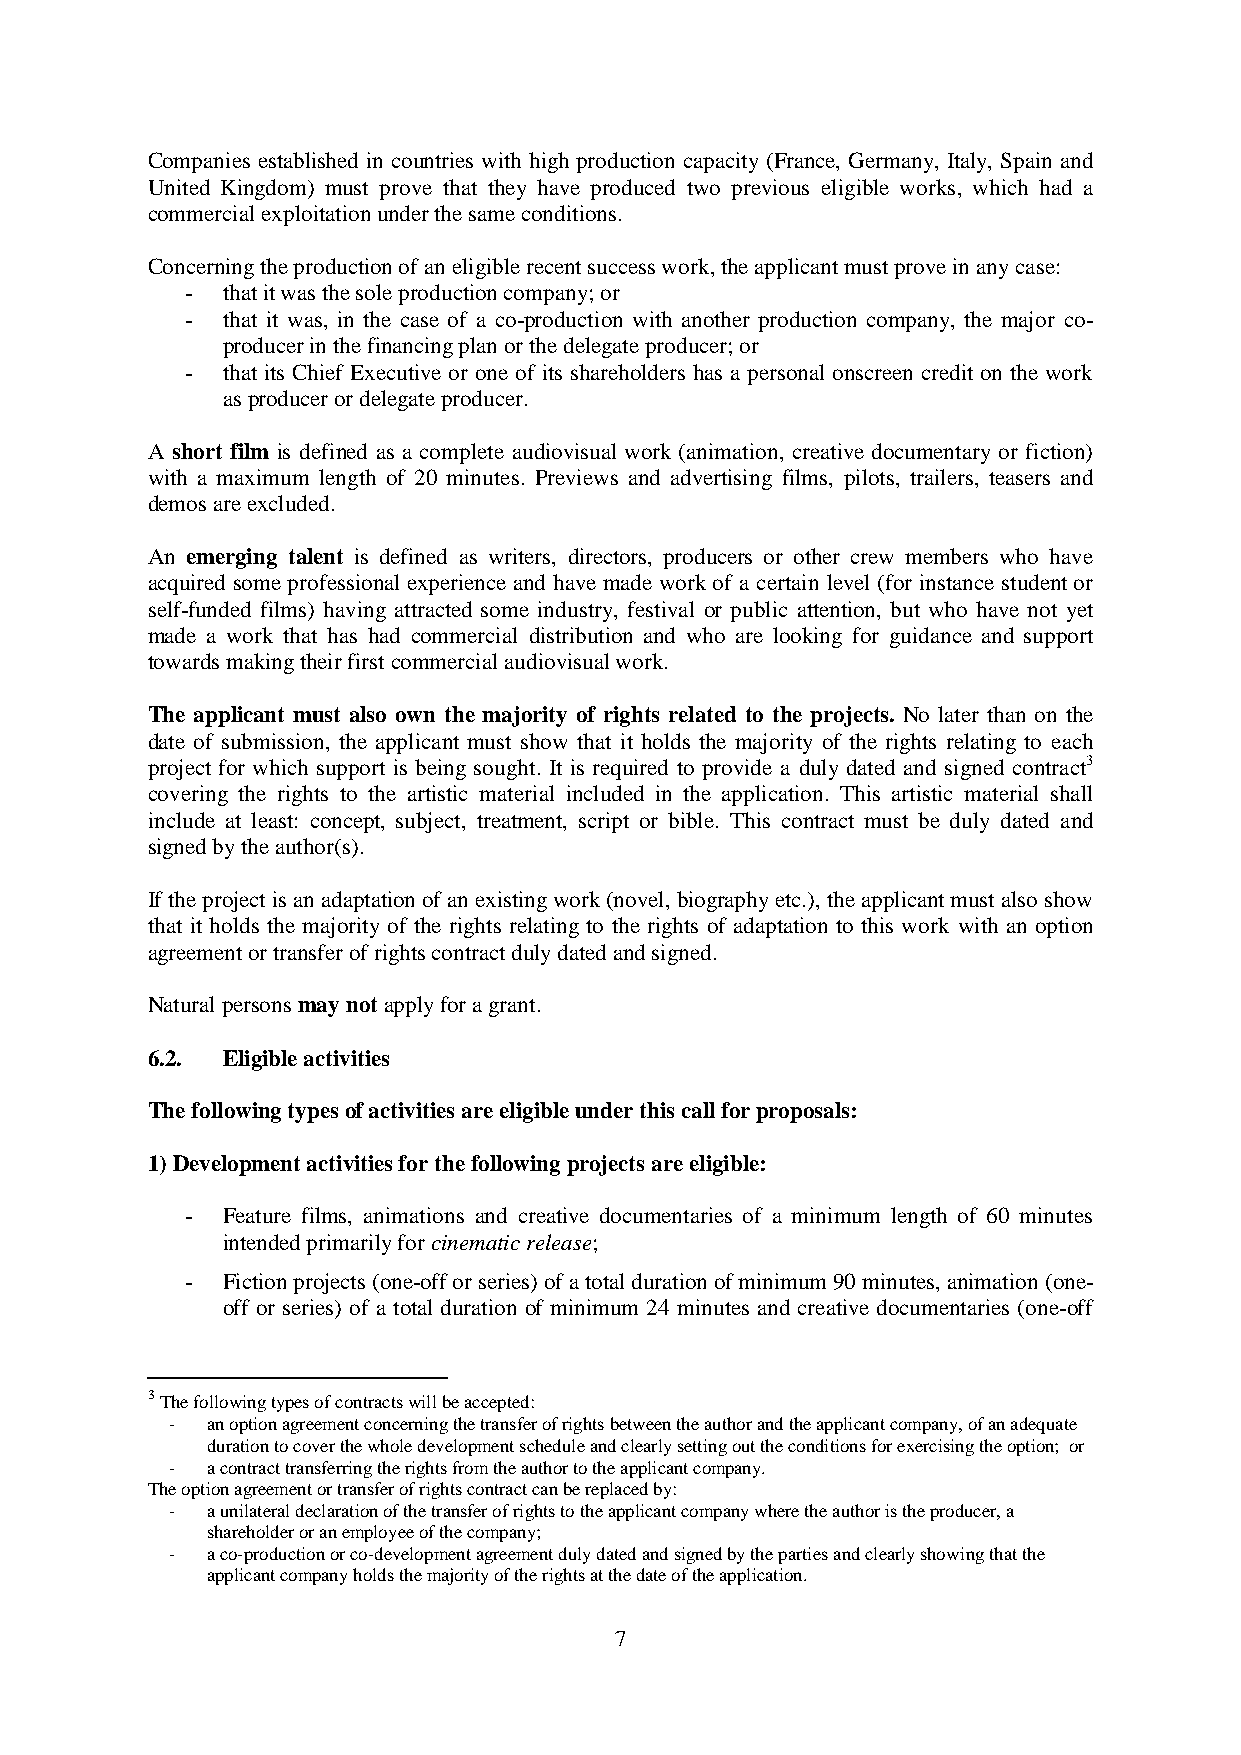
Companies established in countries with high production capacity (France, Germany, Italy, Spain and
 United Kingdom) must prove that they have produced two previous eligible works, which had a
 commercial exploitation under the same conditions.
 Concerning the production of an eligible recent success work, the applicant must prove in any case:
 -  that it was the sole production company; or
 -  that it was, in the case of a co-production with another production company, the major co-
 producer in the financing plan or the delegate producer; or
 -  that its Chief Executive or one of its shareholders has a personal onscreen credit on the work
 as producer or delegate producer.
 A short film is defined as a complete audiovisual work (animation, creative documentary or fiction)
 with a maximum length of 20 minutes. Previews and advertising films, pilots, trailers, teasers and
 demos are excluded.
 An emerging talent is defined as writers, directors, producers or other crew members who have
 acquired some professional experience and have made work of a certain level (for instance student or
 self-funded films) having attracted some industry, festival or public attention, but who have not yet
 made a work that has had commercial distribution and who are looking for guidance and support
 towards making their first commercial audiovisual work.
 The applicant must also own the majority of rights related to the projects. No later than on the
 date of submission, the applicant must show that it holds the majority of the rights relating to each
 project for which support is being sought. It is required to provide a duly dated and signed contract3
 covering the rights to the artistic material included in the application. This artistic material shall
 include at least: concept, subject, treatment, script or bible. This contract must be duly dated and
 signed by the author(s).
 If the project is an adaptation of an existing work (novel, biography etc.), the applicant must also show
 that it holds the majority of the rights relating to the rights of adaptation to this work with an option
 agreement or transfer of rights contract duly dated and signed.
 Natural persons may not apply for a grant.
 6.2. Eligible activities
 The following types of activities are eligible under this call for proposals:
 1) Development activities for the following projects are eligible:
 -  Feature films, animations and creative documentaries of a minimum length of 60 minutes
 intended primarily for cinematic release;
 -  Fiction projects (one-off or series) of a total duration of minimum 90 minutes, animation (one-
 off or series) of a total duration of minimum 24 minutes and creative documentaries (one-off
 3 The following types of contracts will be accepted:
 -  an option agreement concerning the transfer of rights between the author and the applicant company, of an adequate
 duration to cover the whole development schedule and clearly setting out the conditions for exercising the option; or
 -  a contract transferring the rights from the author to the applicant company.
 The option agreement or transfer of rights contract can be replaced by:
 -  a unilateral declaration of the transfer of rights to the applicant company where the author is the producer, a
 shareholder or an employee of the company;
 -  a co-production or co-development agreement duly dated and signed by the parties and clearly showing that the
 applicant company holds the majority of the rights at the date of the application.
 7